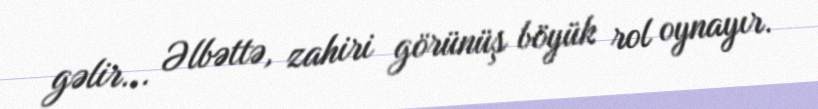
gəlir... Əlbəttə, zahiri görünüş böyük rol oynayır.